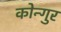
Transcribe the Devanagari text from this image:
कोन्गुर